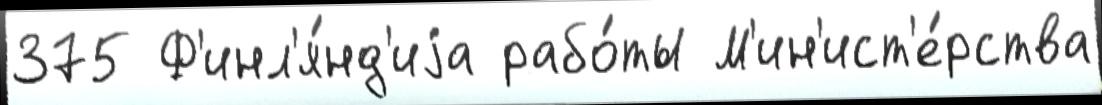
375 Ф'инл'я́нд'иjа рабо́ты М'ин'ист'е́рства